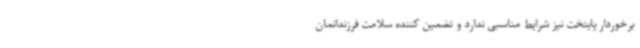
برخوردار پایتخت نیز شرایط مناسبی ندارد و تضمین کننده سلامت فرزندانمان